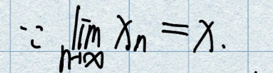
\(\because \lim_{n \to \infty} x_n = x.\)